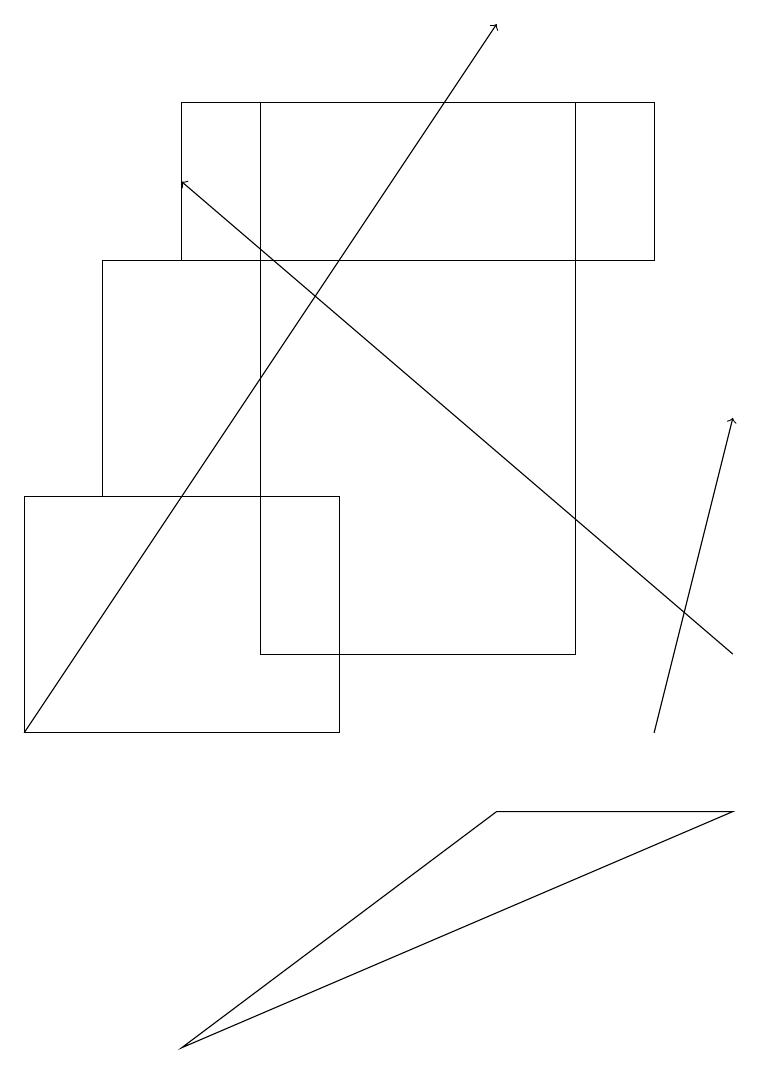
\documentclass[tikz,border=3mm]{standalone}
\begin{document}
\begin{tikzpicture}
\draw (8,18) rectangle (2,16);
\draw (3,18) rectangle (7,11);
\draw (3,13) rectangle (1,16);
\draw[->] (9,11) -- (2,17);
\draw[->] (8,10) -- (9,14);
\draw[->] (0,10) -- (6,19);
\draw (4,10) rectangle (0,13);
\draw (9,9) -- (6,9) -- (2,6) -- cycle;
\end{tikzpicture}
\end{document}